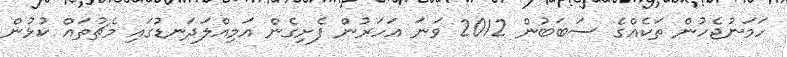
ހަމަނުޖެހުން ތަކެއްގެ ސަބަބުން 2012 ވަނަ އަހަރުން ފެށިގެން އަމިއްލަދަނޑުގައި މެޗުތައް ކުޅުން